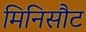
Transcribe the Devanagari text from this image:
मिनिसौट